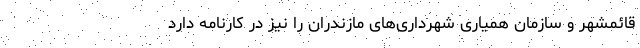
قائمشهر و سازمان همیاری شهرداری‌های مازندران را نیز در کارنامه دارد